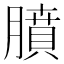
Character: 膹